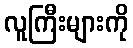
လူကြီးများကို